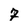
Character: 7